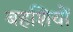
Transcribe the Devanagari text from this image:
बहशियों